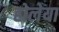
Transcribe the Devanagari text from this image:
होलेया